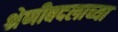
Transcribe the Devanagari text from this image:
श्रेणीबदलाच्या